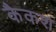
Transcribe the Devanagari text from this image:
कैकश